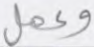
وعمل